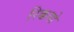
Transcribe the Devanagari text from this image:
रिक्कयो